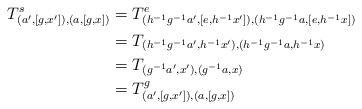
LaTeX: \begin{align*}T^{s}_{(a', [g, x']), (a, [g, x])}&=T^{e}_{(h^{-1}g^{-1}a', [e, h^{-1}x']),(h^{-1}g^{-1}a, [e, h^{-1}x])}\\&=T_{(h^{-1}g^{-1}a', h^{-1}x'),(h^{-1}g^{-1}a, h^{-1}x)}\\&=T_{(g^{-1}a', x'),(g^{-1}a, x)}\\&=T^{g}_{(a', [g, x']), (a, [g, x])}\end{align*}